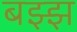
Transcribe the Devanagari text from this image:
बझ्झ